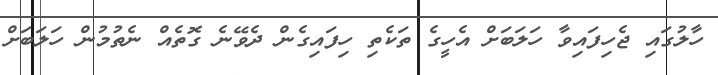
ހާލުގައި ޖެހިފައިވާ ހަލަބަށް އެހީގެ ތަކެތި ހިފައިގެން ދެވޭނެ ގޮތެއް ނެތުމުން ހަލަބަށް